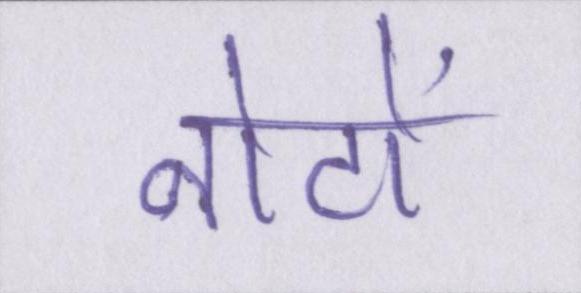
नोटों